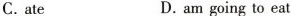
C.ate D. am going to eat